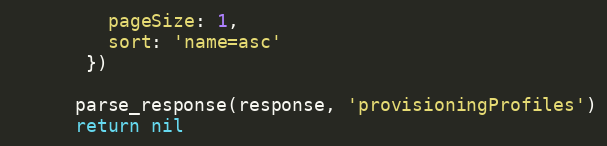
Language: Ruby
         pageSize: 1,
         sort: 'name=asc'
       })

      parse_response(response, 'provisioningProfiles')
      return nil